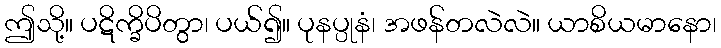
ဤသို့။ ပဋိက္ခိပိတွာ၊ ပယ်၍။ ပုနပ္ပုနံ၊ အဖန်တလဲလဲ။ ယာစိယမာနော၊